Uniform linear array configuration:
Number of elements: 48
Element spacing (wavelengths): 0.25
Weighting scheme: hamming
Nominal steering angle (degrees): -15
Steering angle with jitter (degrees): -16.726
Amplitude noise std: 0.05
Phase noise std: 0.05

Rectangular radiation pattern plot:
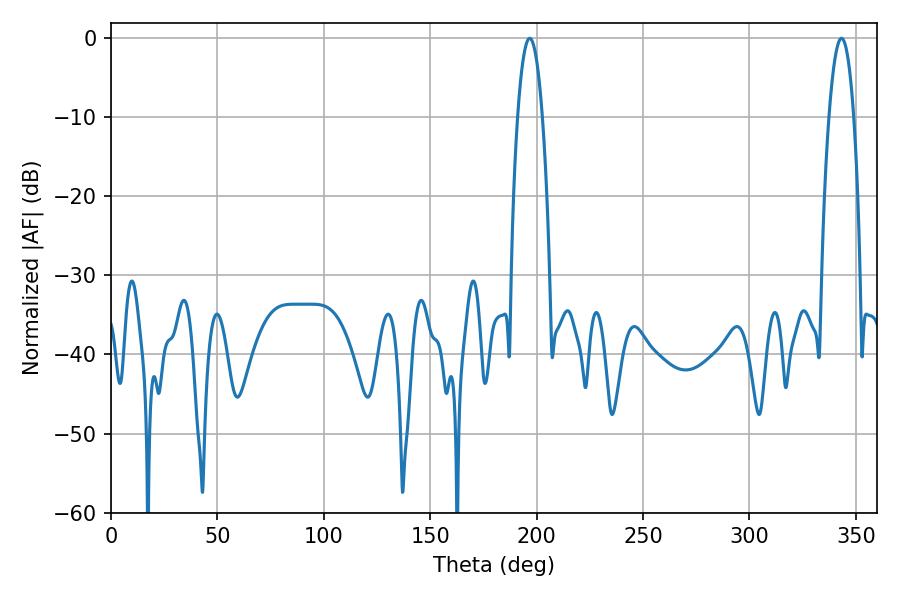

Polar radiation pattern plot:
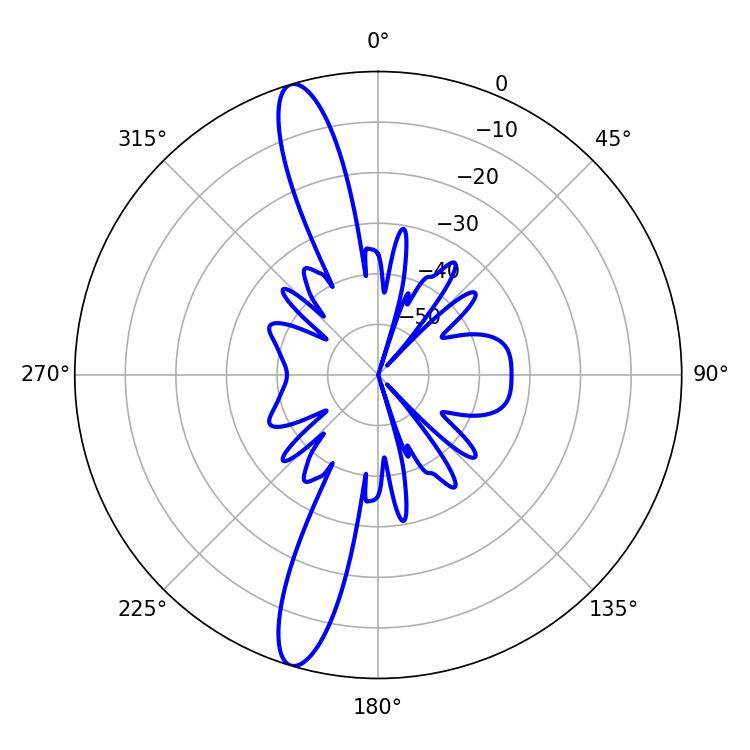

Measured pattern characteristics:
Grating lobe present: FALSE
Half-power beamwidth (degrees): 6.48
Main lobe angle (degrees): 196.74